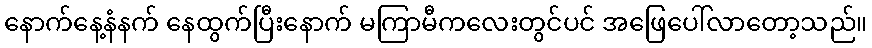
နောက်နေ့နံနက် နေထွက်ပြီးနောက် မကြာမီကလေးတွင်ပင် အဖြေပေါ်လာတော့သည်။